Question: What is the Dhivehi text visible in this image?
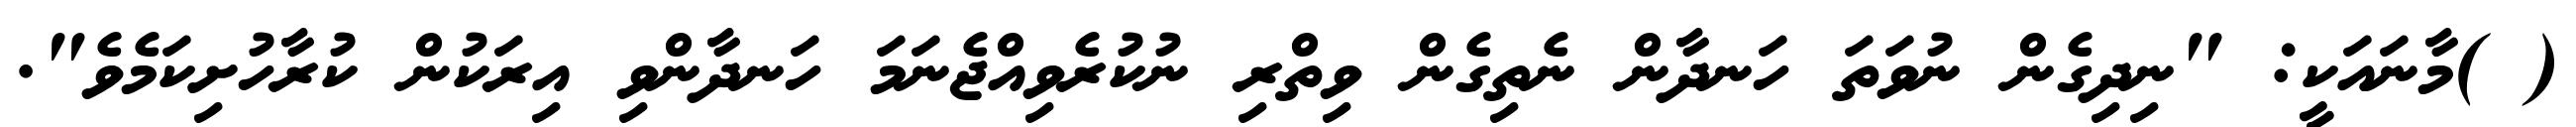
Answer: ( )މާނައަކީ: "ނިދިގެން ނުވަތަ ހަނދާން ނެތިގެން ވިތްރި ނުކުރެވިއްޖެނަމަ ހަނދާންވި އިރަކުން ކުރާހުށިކަމެވެ".